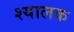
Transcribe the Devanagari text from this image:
श्यालक